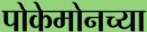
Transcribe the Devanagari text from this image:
पोकेमोनच्या